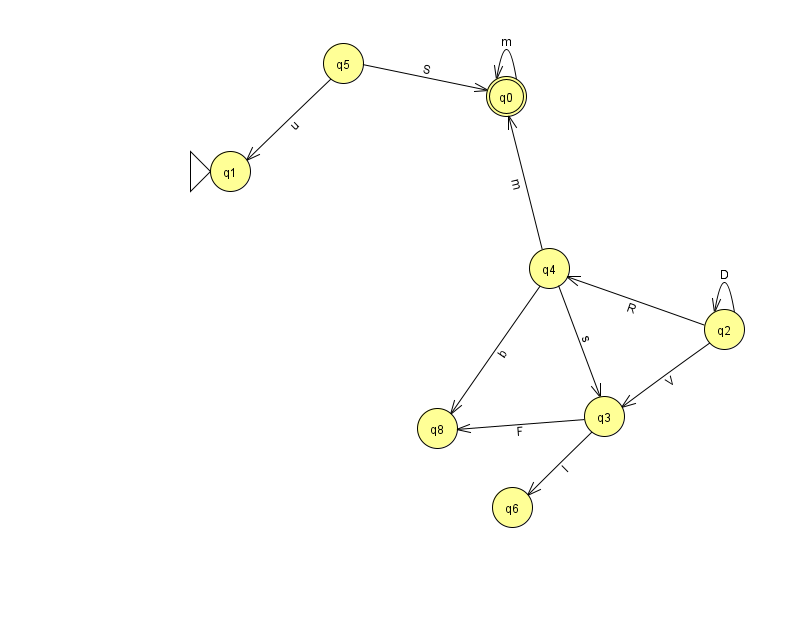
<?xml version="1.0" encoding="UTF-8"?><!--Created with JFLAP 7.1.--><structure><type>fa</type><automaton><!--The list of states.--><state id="0" name="q0"><x>506.0</x><y>83.0</y><final/></state><state id="1" name="q1"><x>230.0</x><y>158.0</y><initial/></state><state id="2" name="q2"><x>724.0</x><y>316.0</y></state><state id="3" name="q3"><x>604.0</x><y>403.0</y></state><state id="4" name="q4"><x>549.0</x><y>255.0</y></state><state id="5" name="q5"><x>343.0</x><y>50.0</y></state><state id="6" name="q6"><x>512.0</x><y>494.0</y></state><state id="8" name="q8"><x>437.0</x><y>415.0</y></state><!--The list of transitions.--><transition><from>4</from><to>0</to><read>m</read></transition><transition><from>5</from><to>0</to><read>S</read></transition><transition><from>2</from><to>3</to><read>V</read></transition><transition><from>2</from><to>2</to><read>D</read></transition><transition><from>4</from><to>8</to><read>b</read></transition><transition><from>3</from><to>6</to><read>I</read></transition><transition><from>3</from><to>8</to><read>F</read></transition><transition><from>4</from><to>3</to><read>s</read></transition><transition><from>0</from><to>0</to><read>m</read></transition><transition><from>2</from><to>4</to><read>R</read></transition><transition><from>5</from><to>1</to><read>u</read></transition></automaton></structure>